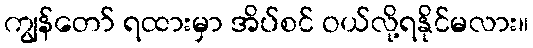
ကျွန်တော် ရထားမှာ အိပ်စင် ဝယ်လို့ရနိုင်မလား။